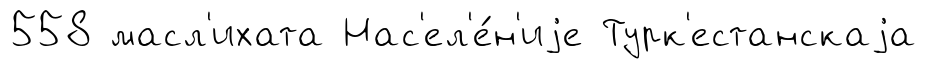
558 масл'ихата Нас'ел'е́н'иjе Турк'естанскаjа